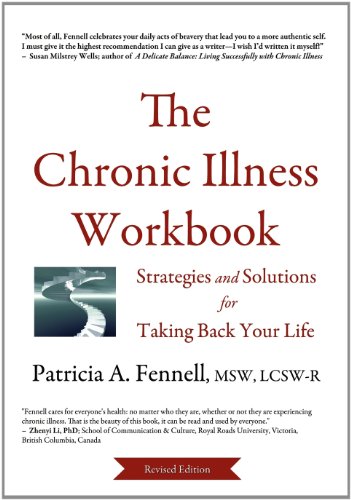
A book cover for The Chronic Illness Workbook: Strategies and Solutions for Taking Back Your Life; Patricia A Fennell; Health, Fitness & Dieting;